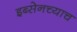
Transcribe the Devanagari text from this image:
इब्सेनच्याच